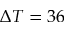
\Delta T = 3 6